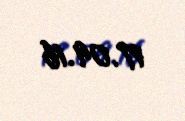
17.09.16